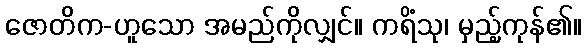
ဇောတိက-ဟူသော အမည်ကိုလျှင်။ ကရိံသု၊ မှည့်ကုန်၏။